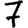
Digit: 7